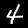
Digit: 4